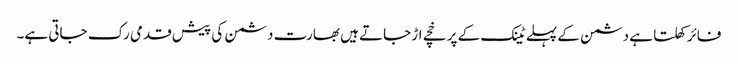
فائر کھلتا ہے دشمن کے پہلے ٹینک کے پرخچے اڑ جاتے ہیں بھارت دشمن کی پیش قدمی رک جاتی ہے۔